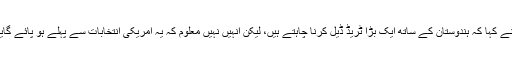
انہوں نے کہا کہ ہندوستان کے ساتھ ایک بڑا ٹریڈ ڈیل کرنا چاہتے ہیں، لیکن انہیں نہیں معلوم کہ یہ امریکی انتخابات سے پہلے ہو پائے گایا نہیں۔